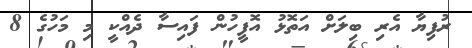
ރުފިޔާ އެރި ބިލަށް އަތޮޅު އޮފީހުން ފައިސާ ދެއްކީ މި މަހުގެ 8